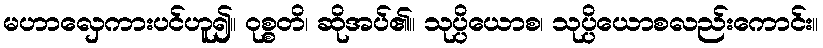
မဟာလှေကားပင်ဟူ၍။ ဝုစ္စတိ၊ ဆိုအပ်၏။ သုပ္ပိယောစ၊ သုပ္ပိယောစလည်းကောင်း။